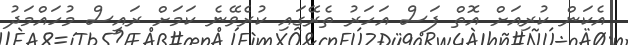
އެކަން ކުރިއަށް އޮތް ފަސް އަހަރު ތެރޭގައި ކުރެވޭނެ ކަމަށް ރައީސް މުހައްމަދު